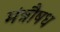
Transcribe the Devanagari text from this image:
मंत्रौषध